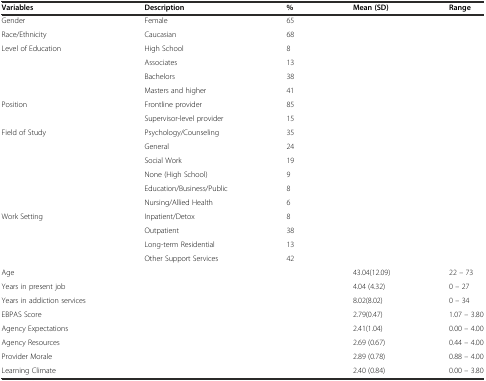
| Variables | Description | % | Mean (SD) | Range |
 | --- | --- | --- | --- | --- |
 | Gender | Female | 65 |  |  |
 | Race/Ethnicity | Caucasian | 68 |  |  |
 | Level of Education | High School | 8 |  |  |
 |  | Associates | 13 |  |  |
 |  | Bachelors | 38 |  |  |
 |  | Masters and higher | 41 |  |  |
 | <ROWSPAN=2> Position | Frontline provider | 85 |  |  |
 | Supervisor-level provider | 15 |  |  |
 | <ROWSPAN=6> Field of Study | Psychology/Counseling | 35 |  |  |
 | General | 24 |  |  |
 | Social Work | 19 |  |  |
 | None (High School) | 9 |  |  |
 | Education/Business/Public | 8 |  |  |
 | Nursing/Allied Health | 6 |  |  |
 | <ROWSPAN=4> Work Setting | Inpatient/Detox | 8 |  |  |
 | Outpatient | 38 |  |  |
 | Long-term Residential | 13 |  |  |
 | Other Support Services | 42 |  |  |
 | Age |  |  | 43.04(12.09) | 22 – 73 |
 | Years in present job |  |  | 4.04 (4.32) | 0 – 27 |
 | Years in addiction services |  |  | 8.02(8.02) | 0 – 34 |
 | EBPAS Score |  |  | 2.79(0.47) | 1.07 – 3.80 |
 | Agency Expectations |  |  | 2.41(1.04) | 0.00 – 4.00 |
 | Agency Resources |  |  | 2.69 (0.67) | 0.44 – 4.00 |
 | Provider Morale |  |  | 2.89 (0.78) | 0.88 – 4.00 |
 | Learning Climate |  |  | 2.40 (0.84) | 0.00 – 3.80 |